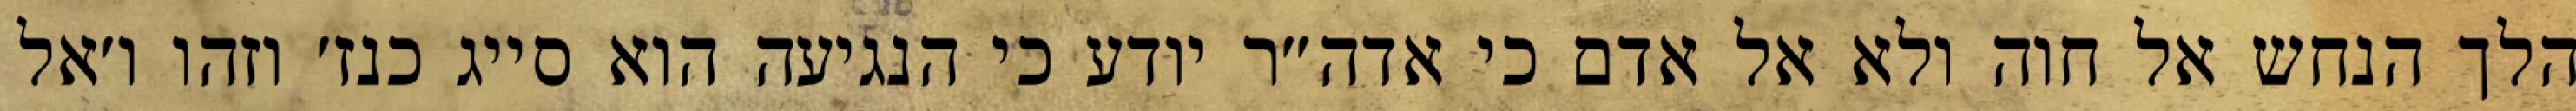
הלך הנחש אל חוה ולא אל אדם כי אדה״ר יודע כי הנגיעה הוא סייג כנז׳ וזהו ו׳אל